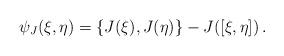
LaTeX: \begin{align*}\psi_{J}(\xi, \eta) = \{J(\xi), J(\eta)\} - J([\xi,\eta])\,.\end{align*}